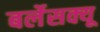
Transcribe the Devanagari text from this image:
बर्लेसक्यू